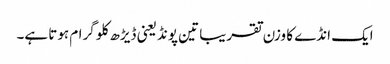
ایک انڈے کا وزن تقریبا تین پونڈ یعنی ڈیڑھ کلو گرام ہوتا ہے۔